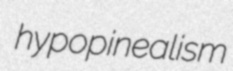
hypopinealism